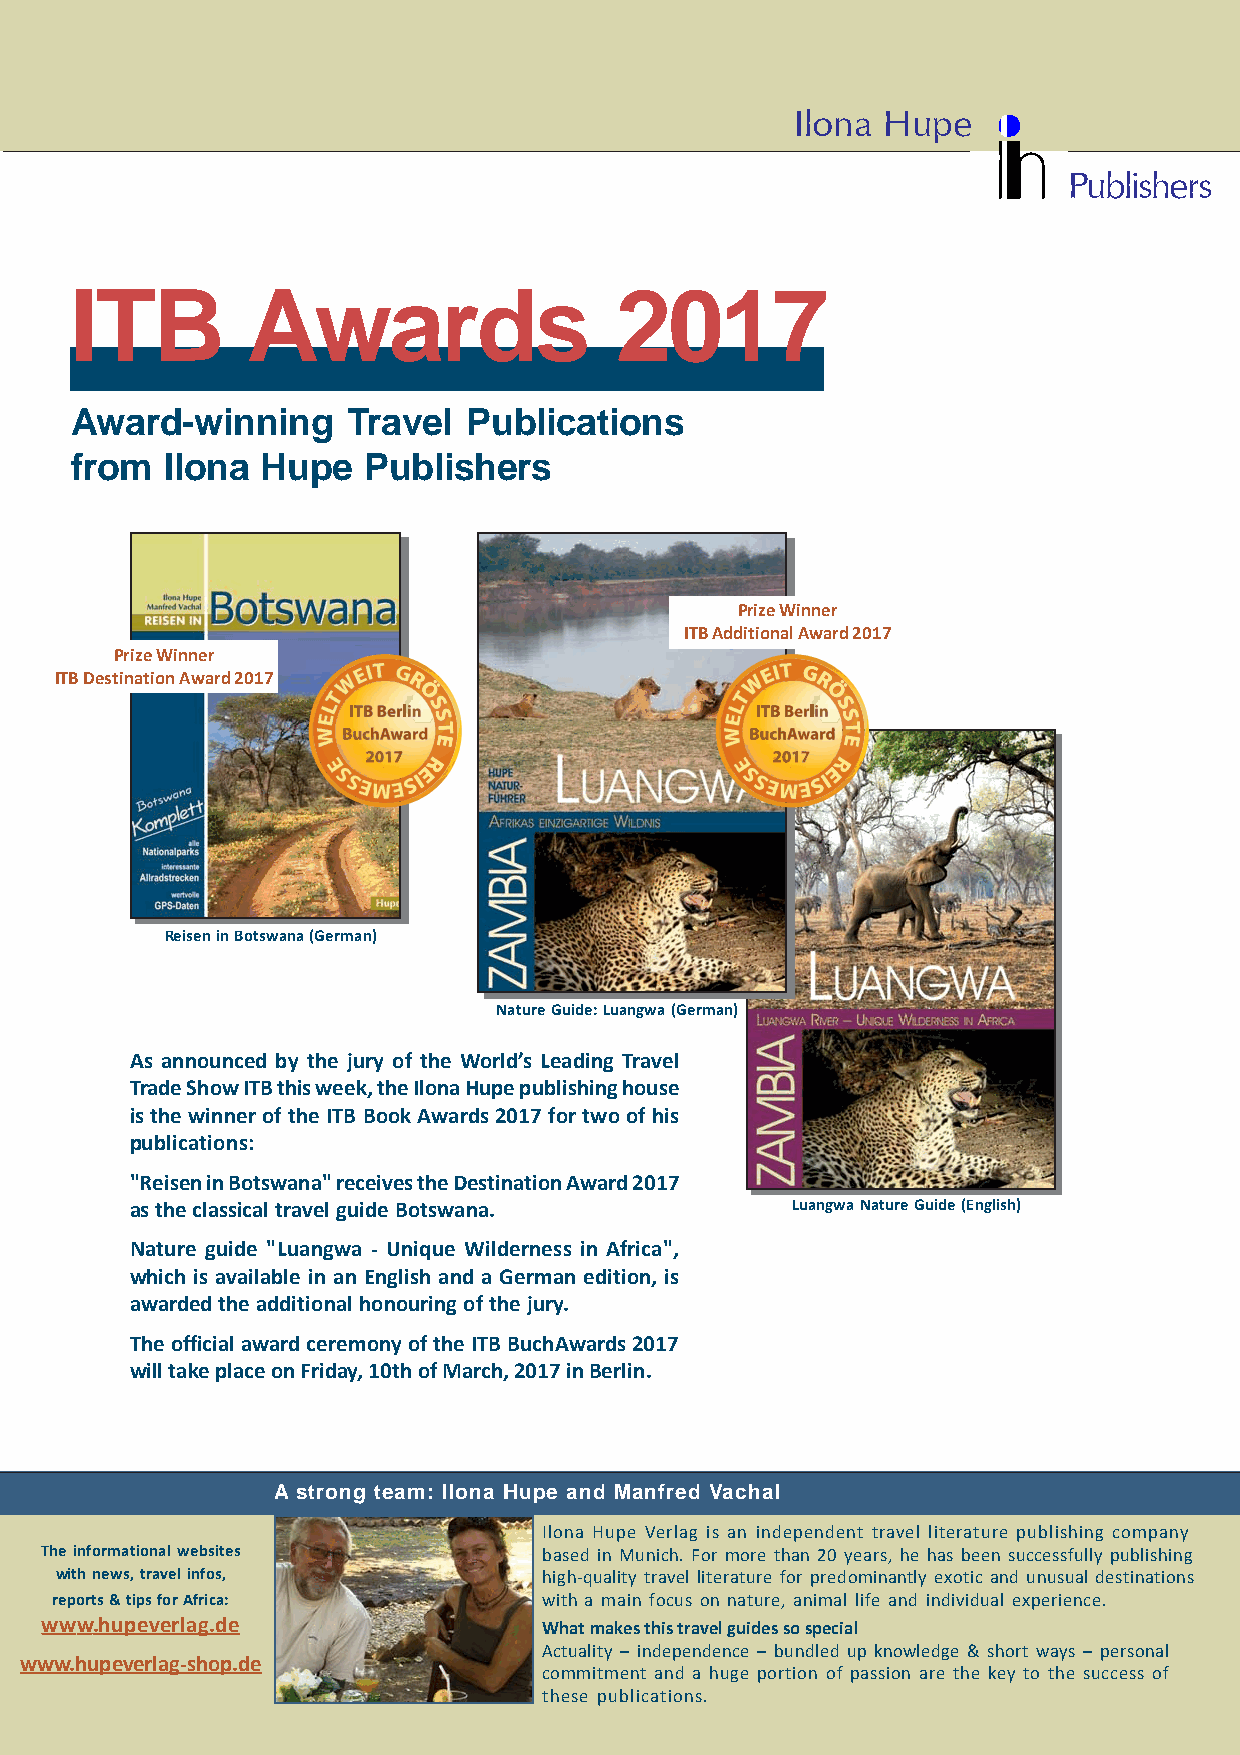
Ilona Hupe
 Publishers
 ITB        Awards                   2017
 Award-winning     Travel  Publications
 from  Ilona Hupe   Publishers
 Prize Winner
 ITB Additional Award 2017
 Prize Winner
 ITB Destination Award 2017
 Reisen in Botswana (German)
 Nature Guide: Luangwa (German)
 As announced by the jury of the World’s Leading Travel
 Trade Show ITB this week, the Ilona Hupe publishing house
 is the winner of the ITB Book Awards 2017 for two of his
 publications:
 "Reisen in Botswana" receives the Destination Award 2017
 as the classical travel guide Botswana.    Luangwa Nature Guide (English)
 Nature guide "Luangwa - Unique Wilderness in Africa",
 which is available in an English and a German edition, is
 awarded the additional honouring of the jury.
 The official award ceremony of the ITB BuchAwards 2017
 will take place on Friday, 10th of March, 2017 in Berlin.
 A strong team: Ilona Hupe and Manfred Vachal
 Ilona Hupe Verlag is an independent travel literature publishing company
 The informational websites       based in Munich. For more than 20 years, he has been successfully publishing
 with news, travel infos,        high-quality travel literature for predominantly exotic and unusual destinations
 reports & tips for Africa:       with a main focus on nature, animal life and individual experience.
 www.hupeverlag.de                What makes this travel guides so special
 Actuality – independence – bundled up knowledge & short ways – personal
 www.hupeverlag-shop.de
 commitment and a huge portion of passion are the key to the success of
 these publications.